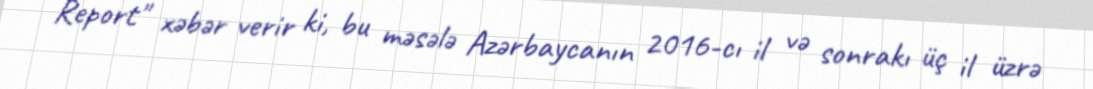
Report" xəbər verir ki, bu məsələ Azərbaycanın 2016-cı il və sonrakı üç il üzrə